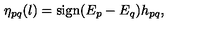
\eta _ { p q } ( l ) = \mathrm { s i g n } ( E _ { p } - E _ { q } ) h _ { p q } ,